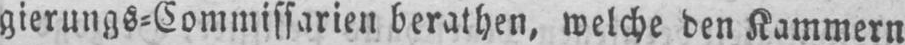
gierungs⸗Commissarien berathen, welche den Kammern